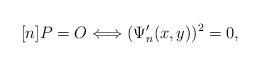
LaTeX: \begin{align*}[n] P = O \Longleftrightarrow (\Psi^\prime_n(x,y))^2=0,\end{align*}